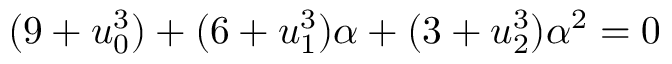
( 9 + u _ { 0 } ^ { 3 } ) + ( 6 + u _ { 1 } ^ { 3 } ) \alpha + ( 3 + u _ { 2 } ^ { 3 } ) \alpha ^ { 2 } = 0